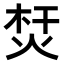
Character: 𤉀